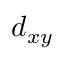
d _ { x y }